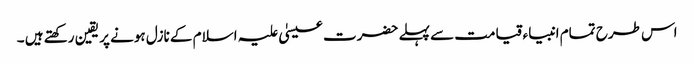
اس طرح تمام انبیاء قیامت سے پہلے حضرت عیسیٰ علیہ اسلام کے نازل ہونے پر یقین رکھتے ہیں ۔